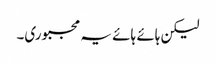
لیکن ہائے ہائے یہ مجبوری۔